Lunatic asylums in Bengal annual reports 1899-1911 - 1899-1911
Year: 1899
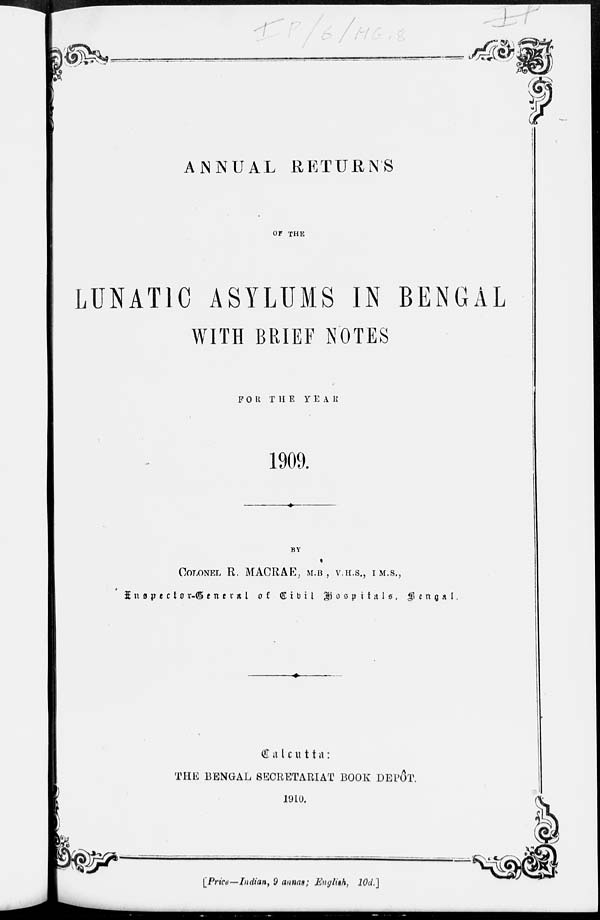
ANNUAL RETURN'S
OF THE
LUNATIC ASYLUMS IN BENGAL
WITH BRIEF NOTES
FOR THE
YEAR
1909.
BY
COLONEL R. MACRAE, M.B., V.H.S., I.M.S.,
Inspector-General of Civil
Hospitals,
Bengal.
Calcutta:
THE BENGAL SECRETARIAT BOOK DEPÔT.
1910.
[Price—Indian, 9 annas; English, 10d.]